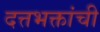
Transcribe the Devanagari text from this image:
दत्तभक्तांची